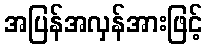
အပြန်အလှန်အားဖြင့်